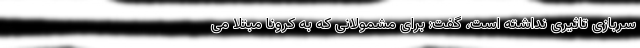
سربازی تاثیری نداشته است، گفت: برای مشمولانی که به کرونا مبتلا می